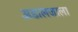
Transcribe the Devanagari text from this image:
अडालजाला